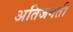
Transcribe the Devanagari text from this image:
अतिजगती